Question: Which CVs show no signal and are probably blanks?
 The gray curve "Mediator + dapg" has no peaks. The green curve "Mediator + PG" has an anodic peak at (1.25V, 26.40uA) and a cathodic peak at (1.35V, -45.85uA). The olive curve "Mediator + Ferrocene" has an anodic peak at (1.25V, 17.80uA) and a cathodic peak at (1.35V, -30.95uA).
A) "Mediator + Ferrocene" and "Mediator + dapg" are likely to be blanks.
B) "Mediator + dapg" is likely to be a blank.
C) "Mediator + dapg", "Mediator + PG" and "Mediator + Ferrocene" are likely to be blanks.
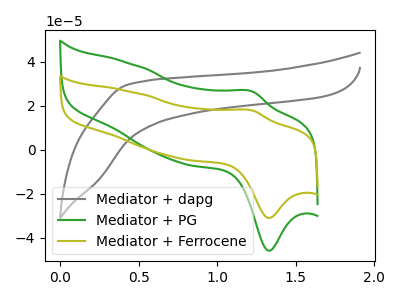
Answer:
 <answer>B) "Mediator + dapg" is likely to be a blank.</answer>
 <eval>B</eval>